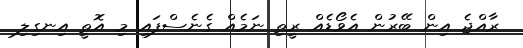
ރާއްޖެ އިން ބޭރުން އެވޯޑެއް ރީތި ނަމެއް ގެނެސްފައި މި އޮތީ އިނގިލި